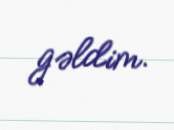
gəldim.